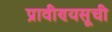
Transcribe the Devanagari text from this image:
प्रावीण्यसूची